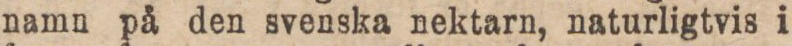
namn på den svenska nektarn, naturligtvis i